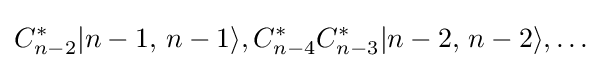
C_{n-2}^{*}|n-1,\,n-1\rangle ,C_{n-4}^{*}C_{n-3}^{*}|n-2,\,n-2\rangle ,\dots